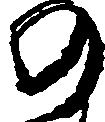
の